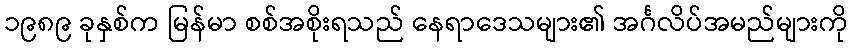
၁၉၈၉ ခုနှစ်က မြန်မာ စစ်အစိုးရသည် နေရာဒေသများ၏ အင်္ဂလိပ်အမည်များကို